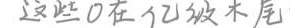
##这些0在亿级木尾##